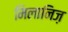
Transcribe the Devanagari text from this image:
मिलानिज़